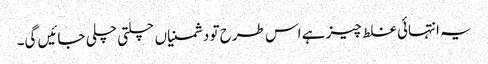
یہ انتہائی غلط چیز ہے اس طرح تو دشمنیاں چلتی چلی جائیں گی۔